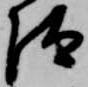
汰